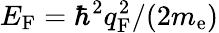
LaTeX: E_{\mathrm{F}}=\hbar^{2}q_{\mathrm{F}}^{2}/(2m_{\mathrm{e}})